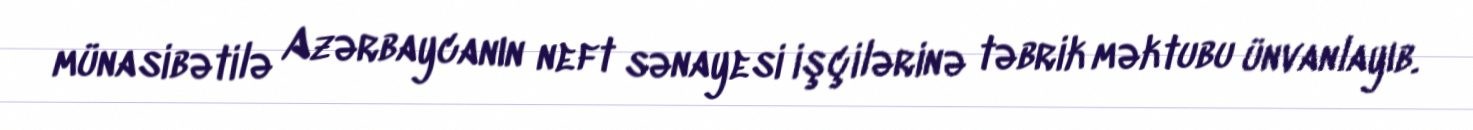
münasibətilə Azərbaycanın neft sənayesi işçilərinə təbrik məktubu ünvanlayıb.